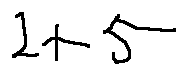
2 + 5